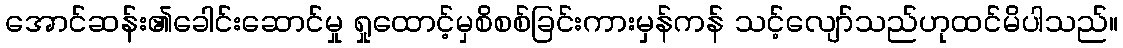
အောင်ဆန်း၏ခေါင်းဆောင်မှု ရှုထောင့်မှစိစစ်ခြင်းကားမှန်ကန် သင့်လျော်သည်ဟုထင်မိပါသည်။